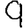
Digit: 9